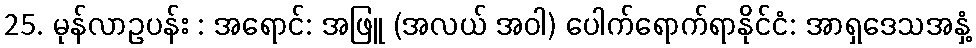
25. မုန်လာဥပန်း : အရောင်: အဖြူ (အလယ် အဝါ) ပေါက်ရောက်ရာနိုင်ငံ: အာရှဒေသအနှံ့